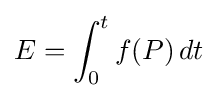
E=\int _{0}^{t}f(P)\,dt